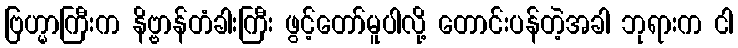
ဗြဟ္မာကြီးက နိဗ္ဗာန်တံခါးကြီး ဖွင့်တော်မူပါလို့ တောင်းပန်တဲ့အခါ ဘုရားက ငါ